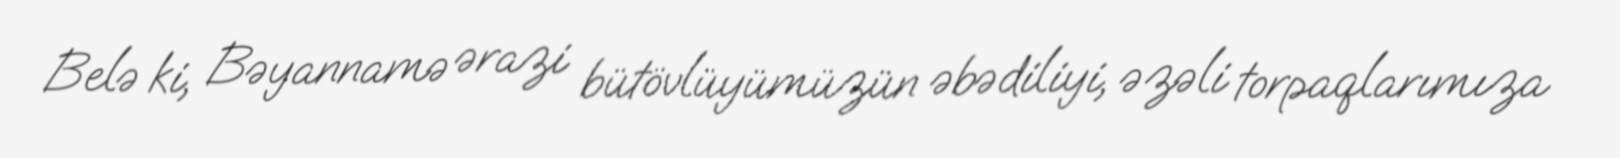
Belə ki, Bəyannamə ərazi bütövlüyümüzün əbədiliyi, əzəli torpaqlarımıza